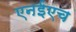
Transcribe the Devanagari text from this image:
एनईएच